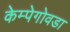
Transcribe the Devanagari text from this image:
केम्पेगोवडा